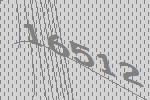
16512